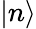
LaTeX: |n\rangle